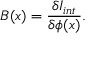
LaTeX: B ( x ) = \frac { \delta I _ { i n t } } { \delta \phi ( x ) } .